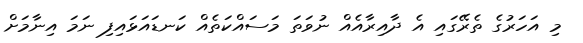
މި އަހަރުގެ ތެރޭގައި އެ ދާއިރާއެއް ނުވަތަ މަސައްކަތެއް ކަނޑައަޅައިފި ނަމަ އިނާމަށް